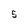
Character: 5